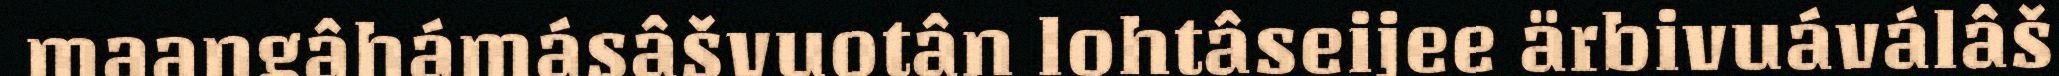
maaŋgâhámásâšvuotân lohtâseijee ärbivuáválâš